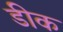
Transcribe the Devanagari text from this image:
डीक